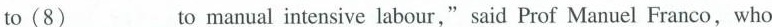
to (8) ___ to manual intensive labour," said Prof Manuel Franco, who